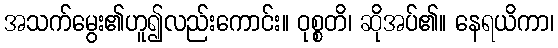
အသက်မွေး၏ဟူ၍လည်းကောင်း။ ဝုစ္စတိ၊ ဆိုအပ်၏။ နေရယိကာ၊